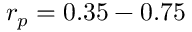
r _ { p } = 0 . 3 5 - 0 . 7 5